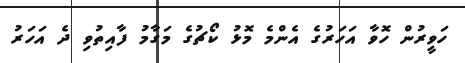
ހަވީރުން ހޮވާ އަހަރުގެ އެންމެ މޮޅު ކޯޗުގެ މަގާމު ފާއިތުވި ދެ އަހަރު